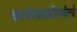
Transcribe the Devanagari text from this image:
कार्यसमाप्तीपर्यंतचे